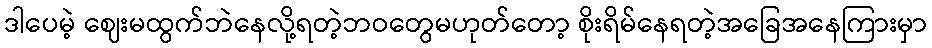
ဒါပေမဲ့ ဈေးမထွက်ဘဲနေလို့ရတဲ့ဘဝတွေမဟုတ်တော့ စိုးရိမ်နေရတဲ့အခြေအနေကြားမှာ